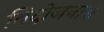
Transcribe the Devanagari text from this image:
विदोजना॥